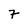
Character: 7